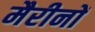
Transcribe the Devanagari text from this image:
मैरीनों